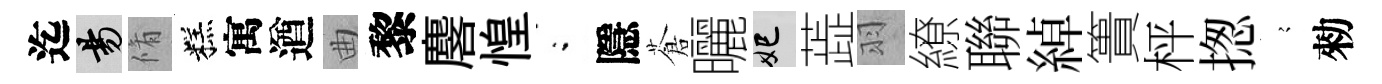
迄昜脩糕寓遒曲黎麐惶閤隱蒼曬妃蕋羽繚聯綽簣枰揔𡪹勑